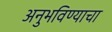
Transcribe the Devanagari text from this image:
अनुभविण्याचा